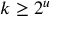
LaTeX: k \geq 2 ^ { u }